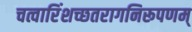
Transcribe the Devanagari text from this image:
चत्वारिंशच्छतरागनिरूपणम्‌